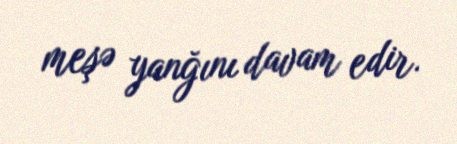
meşə yanğını davam edir.